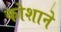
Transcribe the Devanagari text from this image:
कोशाने